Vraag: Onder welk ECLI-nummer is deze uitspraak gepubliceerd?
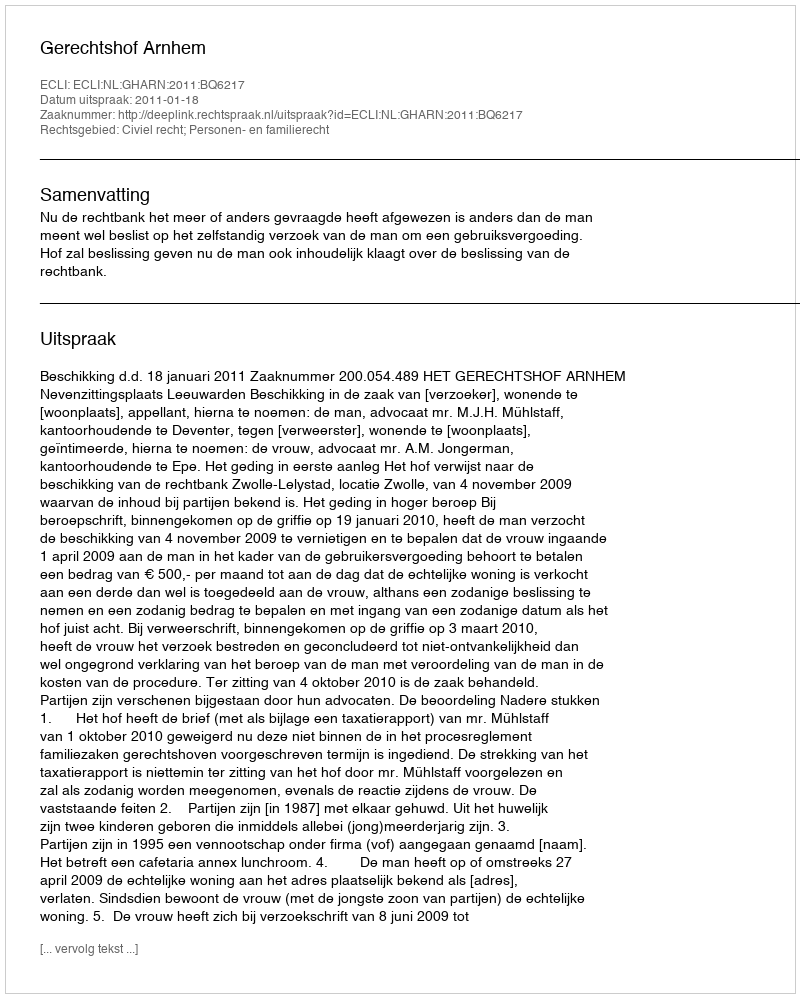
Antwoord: ECLI:NL:GHARN:2011:BQ6217